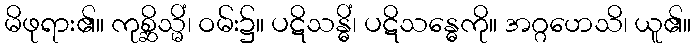
မိဖုရား၏။ ကုစ္ဆိသ္မိံ၊ ဝမ်း၌။ ပဋိသန္ဓိံ၊ ပဋိသန္ဓေကို။ အဂ္ဂဟေသိ၊ ယူ၏။